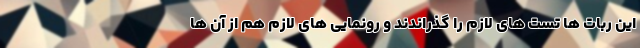
این ربات ها تست های لازم را گذراندند و رونمایی های لازم هم از آن ها